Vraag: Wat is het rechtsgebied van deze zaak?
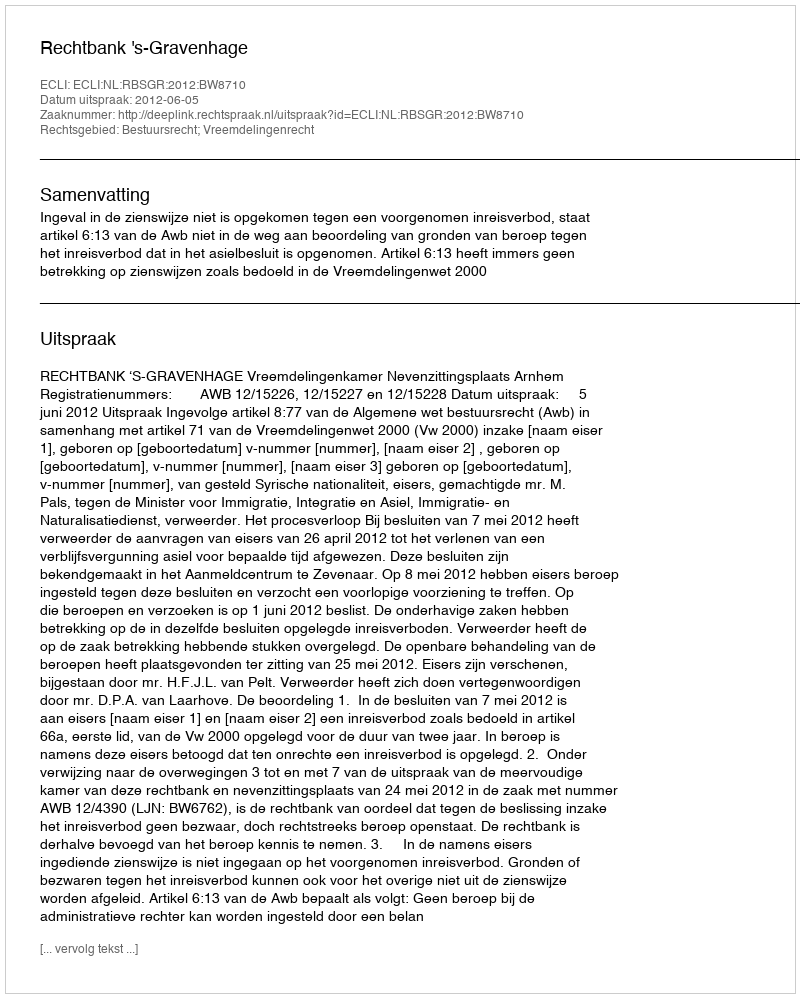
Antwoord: Bestuursrecht; Vreemdelingenrecht